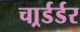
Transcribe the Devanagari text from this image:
चार्र्डर्डर